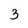
Character: 3